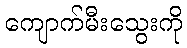
ကျောက်မီးသွေးကို